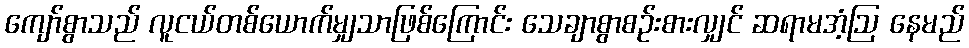
ကျော်စွာသည် လူငယ်တစ်ယောက်မျှသာဖြစ်ကြောင်း သေချာစွာစဉ်းစားလျှင် ဆရာမအံ့ဩ နေမည်